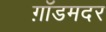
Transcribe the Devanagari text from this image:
ग़ॉडमदर